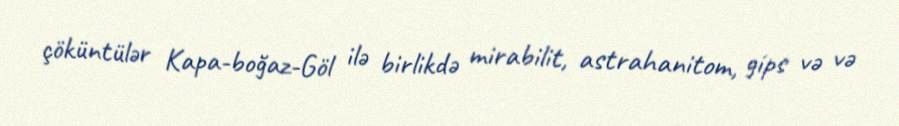
çöküntülər Kapa-boğaz-Göl ilə birlikdə mirabilit, astrahanitom, gips və və